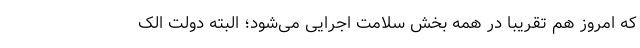
که امروز هم تقریبا در همه بخش سلامت اجرایی می‌شود؛ البته دولت الک